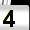
Digit: 4